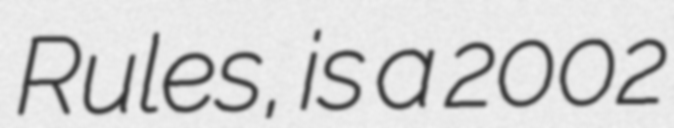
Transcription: Rules, is a 2002